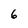
Character: 6